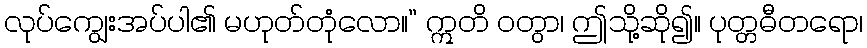
လုပ်ကျွေးအပ်ပါ၏ မဟုတ်တုံလော။” ဣတိ ဝတွာ၊ ဤသို့ဆို၍။ ပုတ္တဓီတရော၊